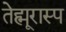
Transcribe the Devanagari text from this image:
तेह्मूरास्प